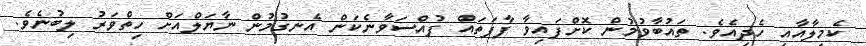
ކެމިލާއާއި ހެދިއެވެ. ތައުބާވުމުން ކޮށްފައިވާ ފާފަތައް ފުއްސަވާނެކަން އެނގުމުން ނާޔަލްއަށް ހިތްވަރު ލިބުނެވެ.